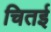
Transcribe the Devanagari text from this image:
चितई